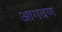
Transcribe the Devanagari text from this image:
आगवण